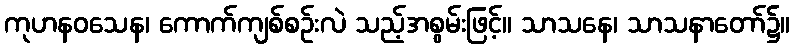
ကုဟနဝသေန၊ ကောက်ကျစ်စဉ်းလဲ သည့်အစွမ်းဖြင့်။ သာသနေ၊ သာသနာတော်၌။